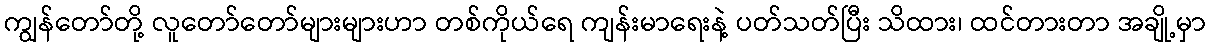
ကျွန်တော်တို့ လူတော်တော်များများဟာ တစ်ကိုယ်ရေ ကျန်းမာရေးနဲ့ ပတ်သတ်ပြီး သိထား၊ ထင်တားတာ အချို့မှာ